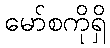
မော်စကိုရှိ